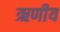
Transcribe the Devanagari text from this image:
ऋणीय